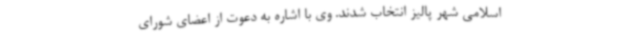
اسلامی شهر پالیز انتخاب شدند. وی با اشاره به دعوت از اعضای شورای